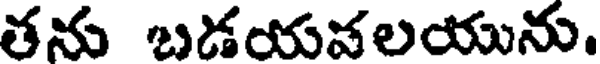
తను బడయవలయును.